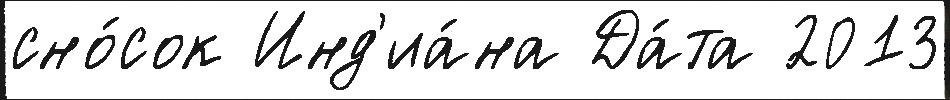
сно́сок Инд'иа́на Да́та 2013